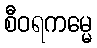
စီဝရကမ္မေ